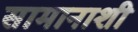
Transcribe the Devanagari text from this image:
सामानाशी